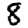
Digit: 8